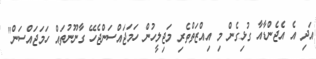
އަދި އެ އެޖެންޑާއާ ގުޅިގެން މި އިއްޒަތްތެރި މަޖިލީހުން ހަމަޖައްސަންޖެހޭ ގާނޫނުތައް ހަމަޖައްސަން"